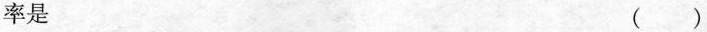
率是 （）